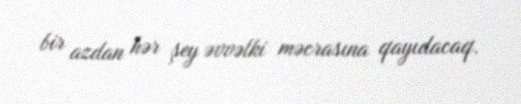
bir azdan hər şey əvvəlki məcrasına qayıdacaq.